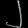
Digit: ၂